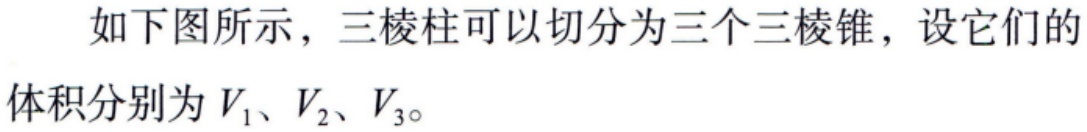
如下图所示，三棱柱可以切分为三个三棱锥，设它们的体积分别为\(V_1\)、\(V_2\)、\(V_3\)。